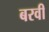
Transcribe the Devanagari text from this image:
बरवी